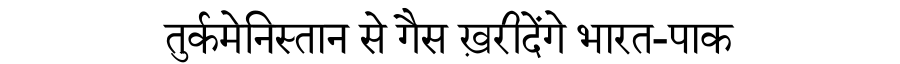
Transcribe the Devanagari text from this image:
तुर्कमेनिस्तान से गैस ख़रीदेंगे भारत-पाक